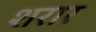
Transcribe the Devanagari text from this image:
शरार